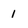
Character: 1